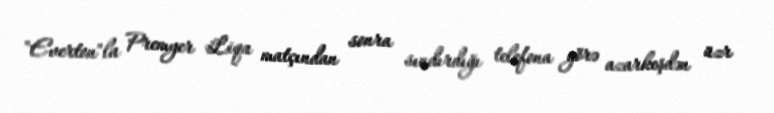
"Everton"la Premyer Liqa matçından sonra sındırdığı telefona görə azarkeşdən üzr